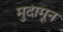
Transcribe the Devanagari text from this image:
मुदामून